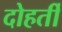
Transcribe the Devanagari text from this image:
दोहर्ती